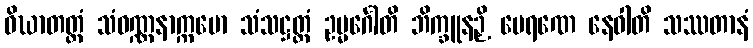
ဝိဃာတတ္ထံ သံဝဏ္ဏနာက္ကမော သံသဋ္ဌတ္တံ ဥမ္မင်္ဂေါတိ ဘိက္ခူနဉှိ ပေရဏေ နေဝါတိ သဿတာနံ